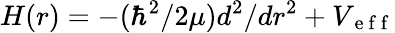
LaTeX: H(r)=-(\hbar^{2}/2\mu)d^{2}/dr^{2}+V_{\mathrm{~e~f~f~}}